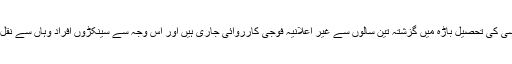
یادرہے کہ خیبر ایجنسی کی تحصیل باڑہ میں گزشتہ تین سالوں سے غیر اعلانیہ فوجی کارروائی جاری ہیں اور اس وجہ سے سینکڑوں افراد وہاں سے نقل مکانی کر چکے ہیں۔